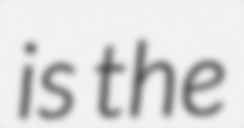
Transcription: is the